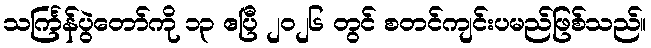
သင်္ကြန်ပွဲတော်ကို ၁၃ ဧပြီ ၂၀၂၆ တွင် စတင်ကျင်းပမည်ဖြစ်သည်။